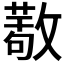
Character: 𢿩